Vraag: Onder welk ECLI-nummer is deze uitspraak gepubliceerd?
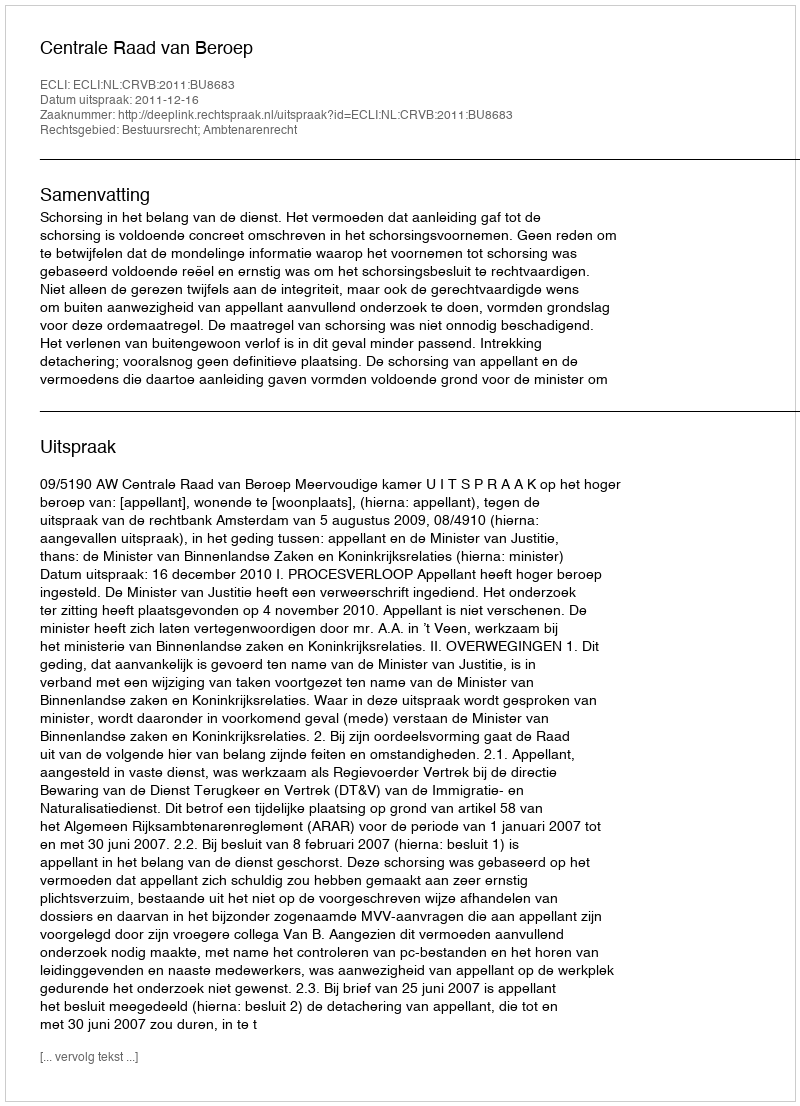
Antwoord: ECLI:NL:CRVB:2011:BU8683